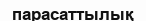
парасаттылық